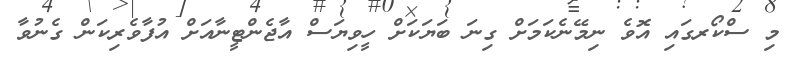
މި ސްކޯރގައި އޮވެ ނިމޭނެކަމަށް ގިނަ ބަޔަކަށް ހީވިޔަސް އާޖެންޓީނާއަށް އުފާވެރިކަން ގެނުވާ